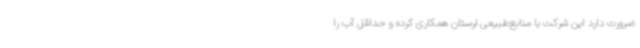
ضرورت دارد این شرکت با منابع‌طبیعی لرستان همکاری کرده و حداقل آب را